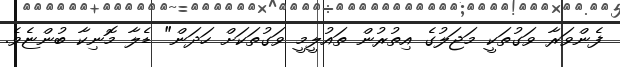
ފެންވަރާ ވަގުތަކީ މަޖަލުގެ އިތުރުން ތައުލީމީ ވަގުތަކަށް ހަދަން" ޑެލާ މޮނިކާ ބުންޏެވެ.